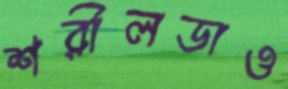
শরীলডাও